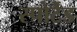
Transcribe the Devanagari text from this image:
स्पोर्टेड